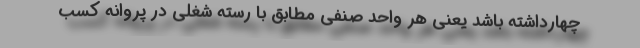
چهارداشته باشد یعنی هر واحد صنفی مطابق با رسته شغلی در پروانه کسب